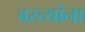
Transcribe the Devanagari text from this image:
वस्त्यांना